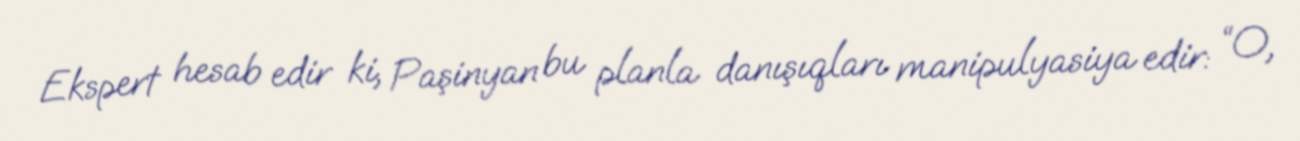
Ekspert hesab edir ki, Paşinyan bu planla danışıqları manipulyasiya edir: “O,